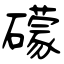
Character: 礞